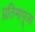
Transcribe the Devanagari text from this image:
प्रतिमापूजा